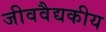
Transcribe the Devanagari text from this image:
जीववैद्यकीय